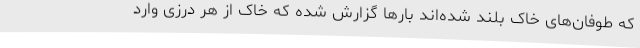
که طوفان‌های خاک بلند شده‌اند بارها گزارش شده که خاک از هر درزی وارد